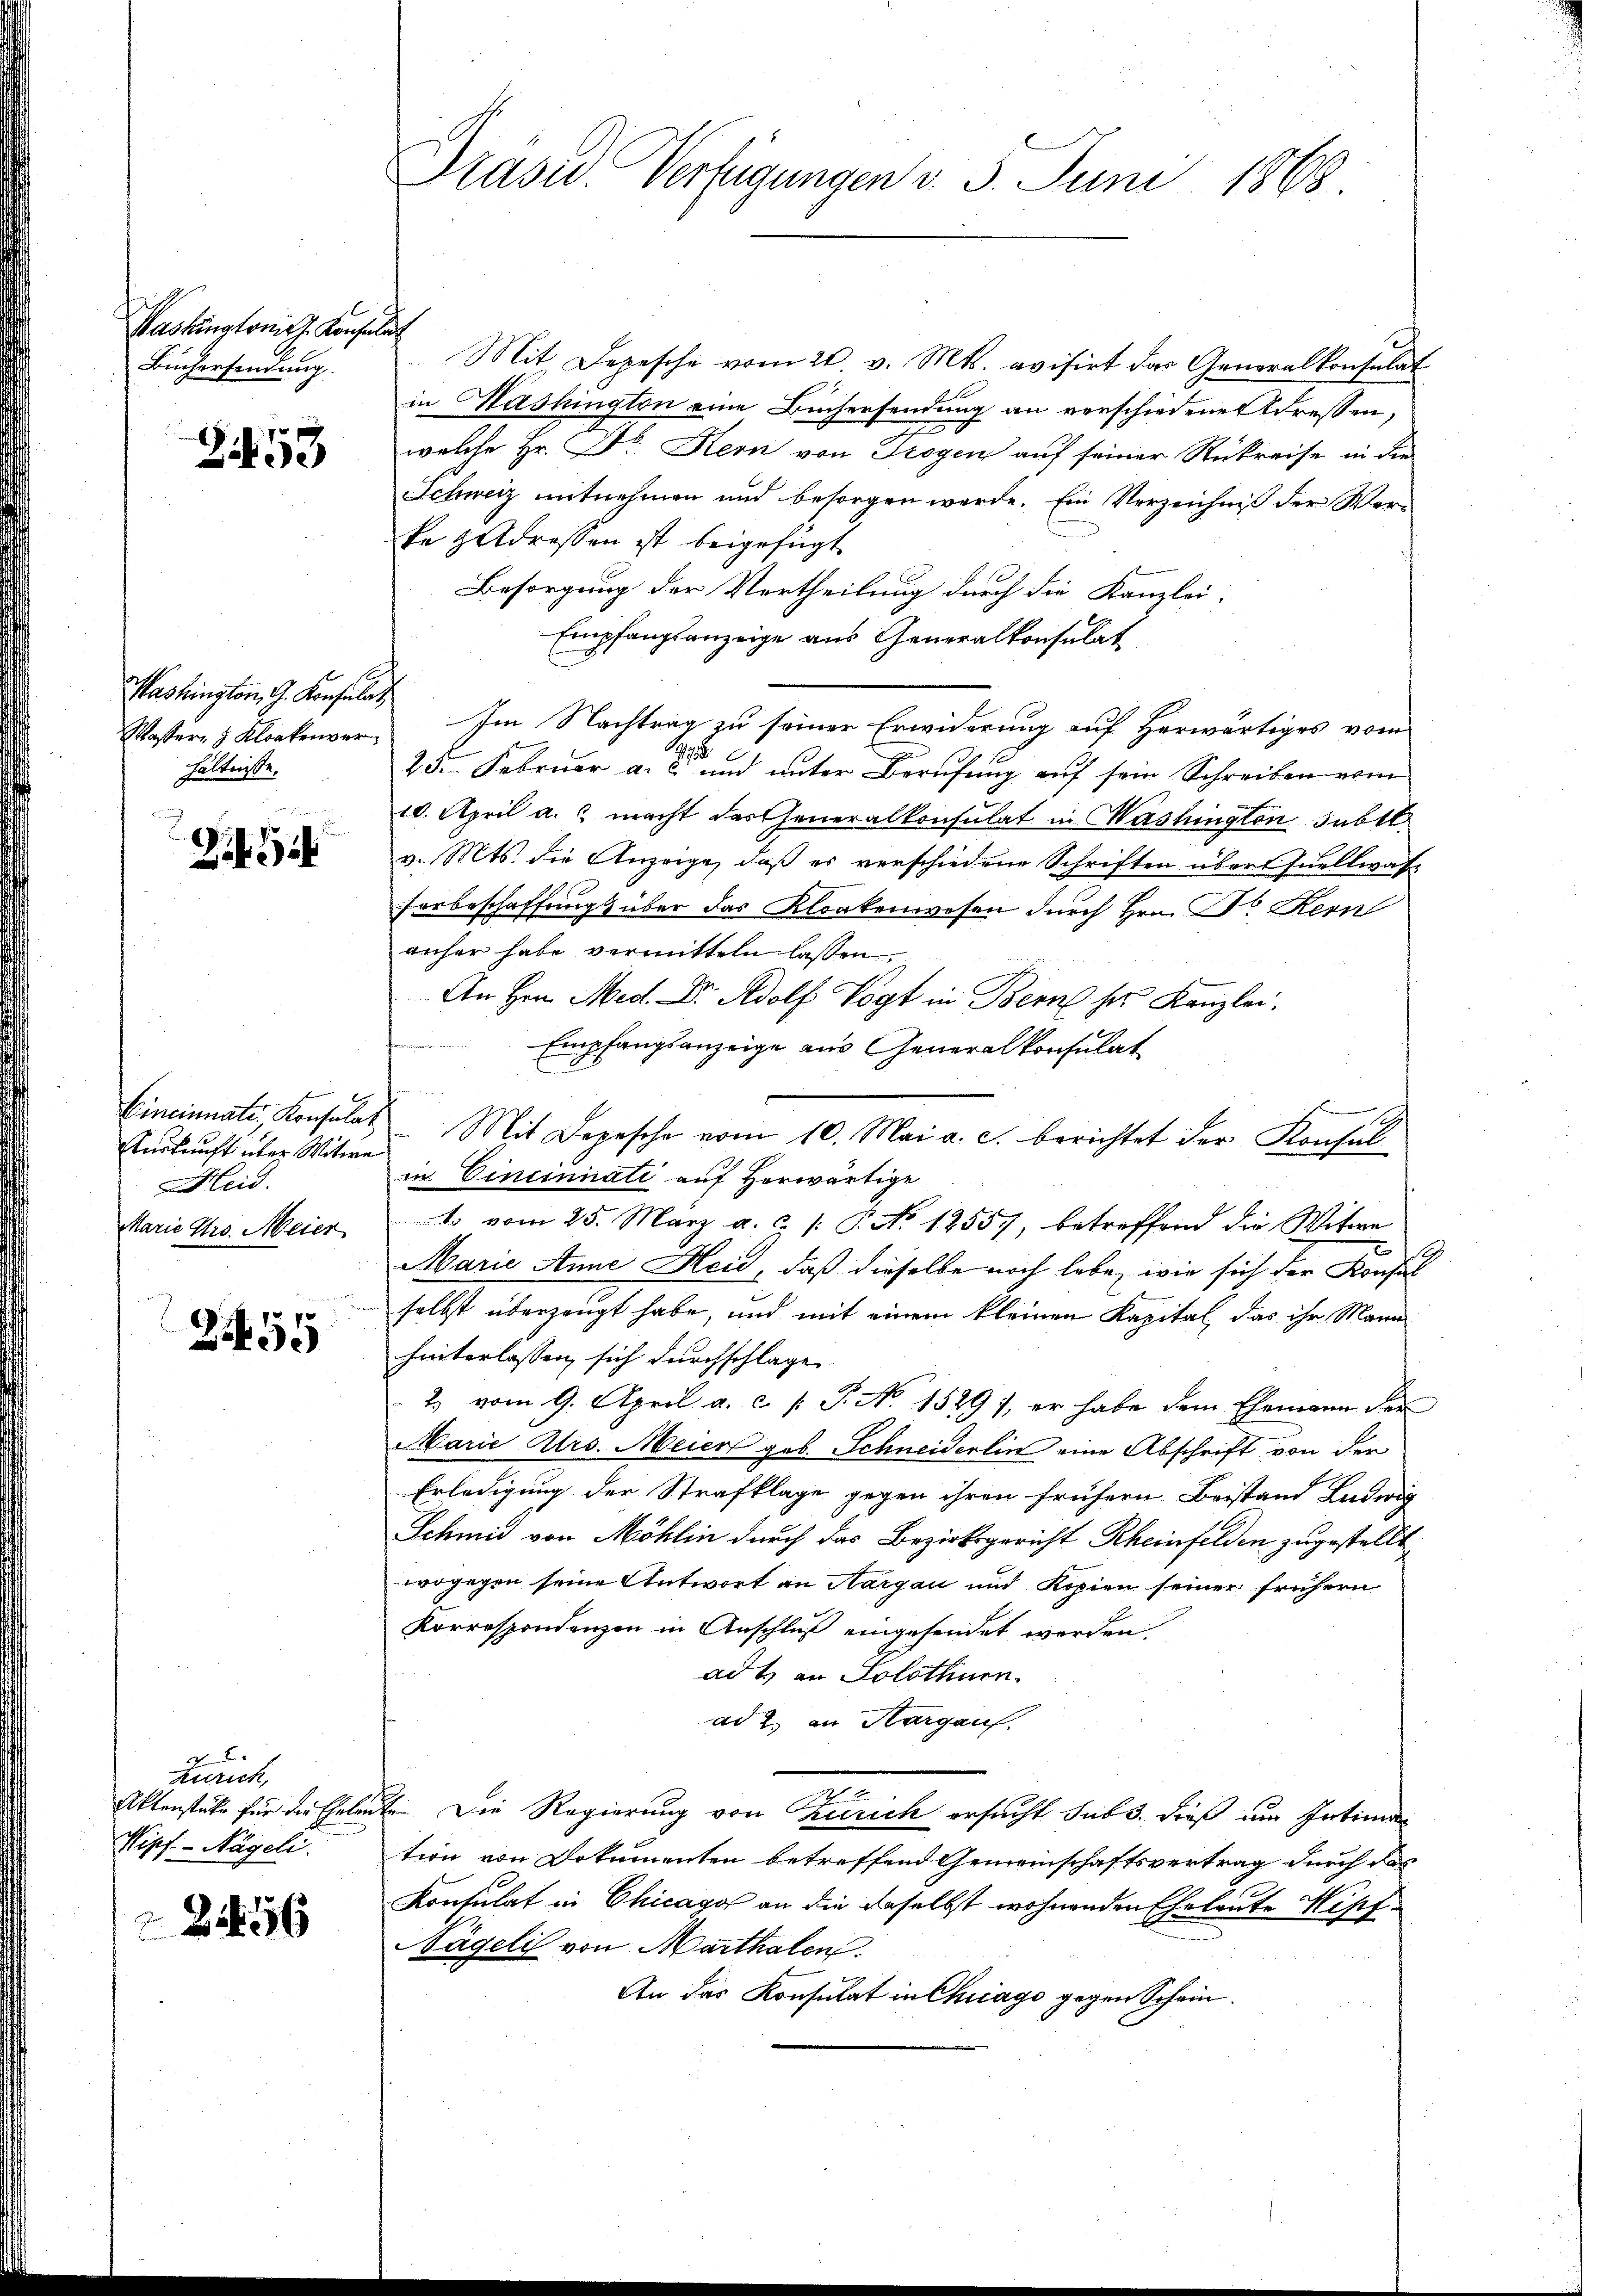
Washingtonis. Konsulat
Büchersendung.

253

Mashington, G. Konsulat
hältnisse.

Z 3

Auskunft über Witwe
Heid.
Marie Pro. Meier

24455

Funct
Aktenstüke für die Ehelen
Wipf - Nägeli.
256

Mit Depesche vom 20. v. Mts. evisirt das Generalkonsulat
in Washington eine Büchersendung an verschiedenes Adressen,
x
welche Hr. Dr. Kern von Trogen auf seiner Rückreise in die
Schweiz mitnehmen und besorgen werde. Ein Verzeichniß der Werke gedressen ist beigefügt
Besorgung der Vertheilung durch die Kanzlei-
Empfangsanzeige aus Generalkonsulat
Wasser, 3 Kloakenver Im Nachtrag zu seiner Erwiderung auf herwärtiges vom
B
25. Februar a. c. und unter Berufung auf sein Schreiben vom
10. April a. macht das Generalkonsulat in Washington Tabl.
v. Mts. die Anzeige, daß es verschiedene Schriften übert Quellwas¬
Forbeschaffungs über das Kloakenwesen durch Hrn. Dr. Kern
anher habe vermitteln lassen.
An Hrn. Med. Dr. Adolf Vögt in Bern her Kanzlei.
Empfangsanzeige aus Generalkonsulat
Cincinnati, Konsulat Mit Dopesche vom 10. Mai a. c. berichtet der Konsul
in Cinciniati auf Herwärtige
1. vom 25. März a. c. /: P. No 12557, betreffend die Witwe
Marie Anne Heid, daß dieselbe noch lebe, wie sich der Konsul
selbst überzeugt habe, und mit einem kleinen Kapital, das ihr Mann
hinterlassen sich durchschlage
2 vom 9. April a. c. P. No. 1529), er habe dem Ehemann der
Marie Mrs. Meier geb. Schneiderlin eine Abschrift von der
Erledigung der Strafklage gegen ihren frühern Beistand Ludwig
Schmid von Möhlin durch das Bezirksgericht Rheinfelden zugestellt
wogegen seine Antwort an Aargau und Kopien seiner frühern
Korrespondenzen in Anschluß eingesendet werden.
adt an Solothurn.
ad 2. an Margau.
n
de. Die Regierung von Zürich ersucht sub 3. dieß um Intimation von Dokumenten betreffend Gemeinschaftsvertrag durch das
Konsulat in Chicago an die daselbst wohnenden Eheleute Wipf
Nägeli von Marthalen.
An das Konsulat in Chicago gegen Schein¬

Präser. Verfügungen v. 5. Juni 1868